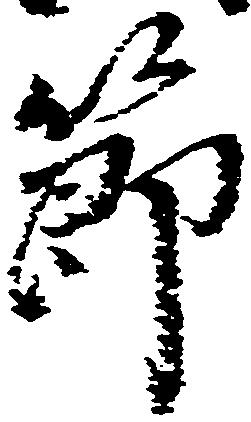
節